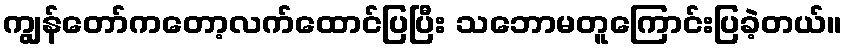
ကျွန်တော်ကတော့လက်ထောင်ပြပြီး သဘောမတူကြောင်းပြခဲ့တယ်။